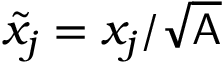
\tilde { x } _ { j } = x _ { j } / \sqrt { \mathsf { A } }